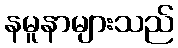
နမူနာများသည်